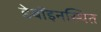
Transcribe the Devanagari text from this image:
डेबॉइनस्थित